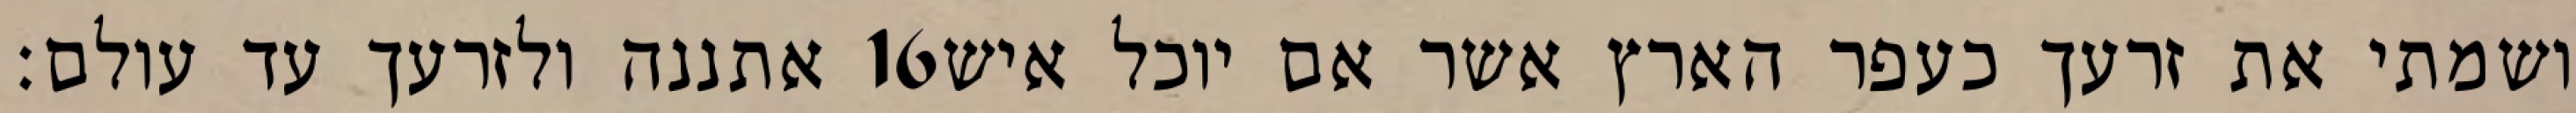
אתננה ולזרעך עד עולם׃ ‎16‏ ושמתי את זרעך כעפר הארץ אשר אם יוכל איש